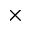
\times